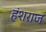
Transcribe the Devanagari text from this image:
हंशराज